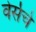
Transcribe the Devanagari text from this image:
वेर्सचे